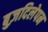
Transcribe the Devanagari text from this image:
बुज़दिलेपन